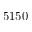
5 1 5 0